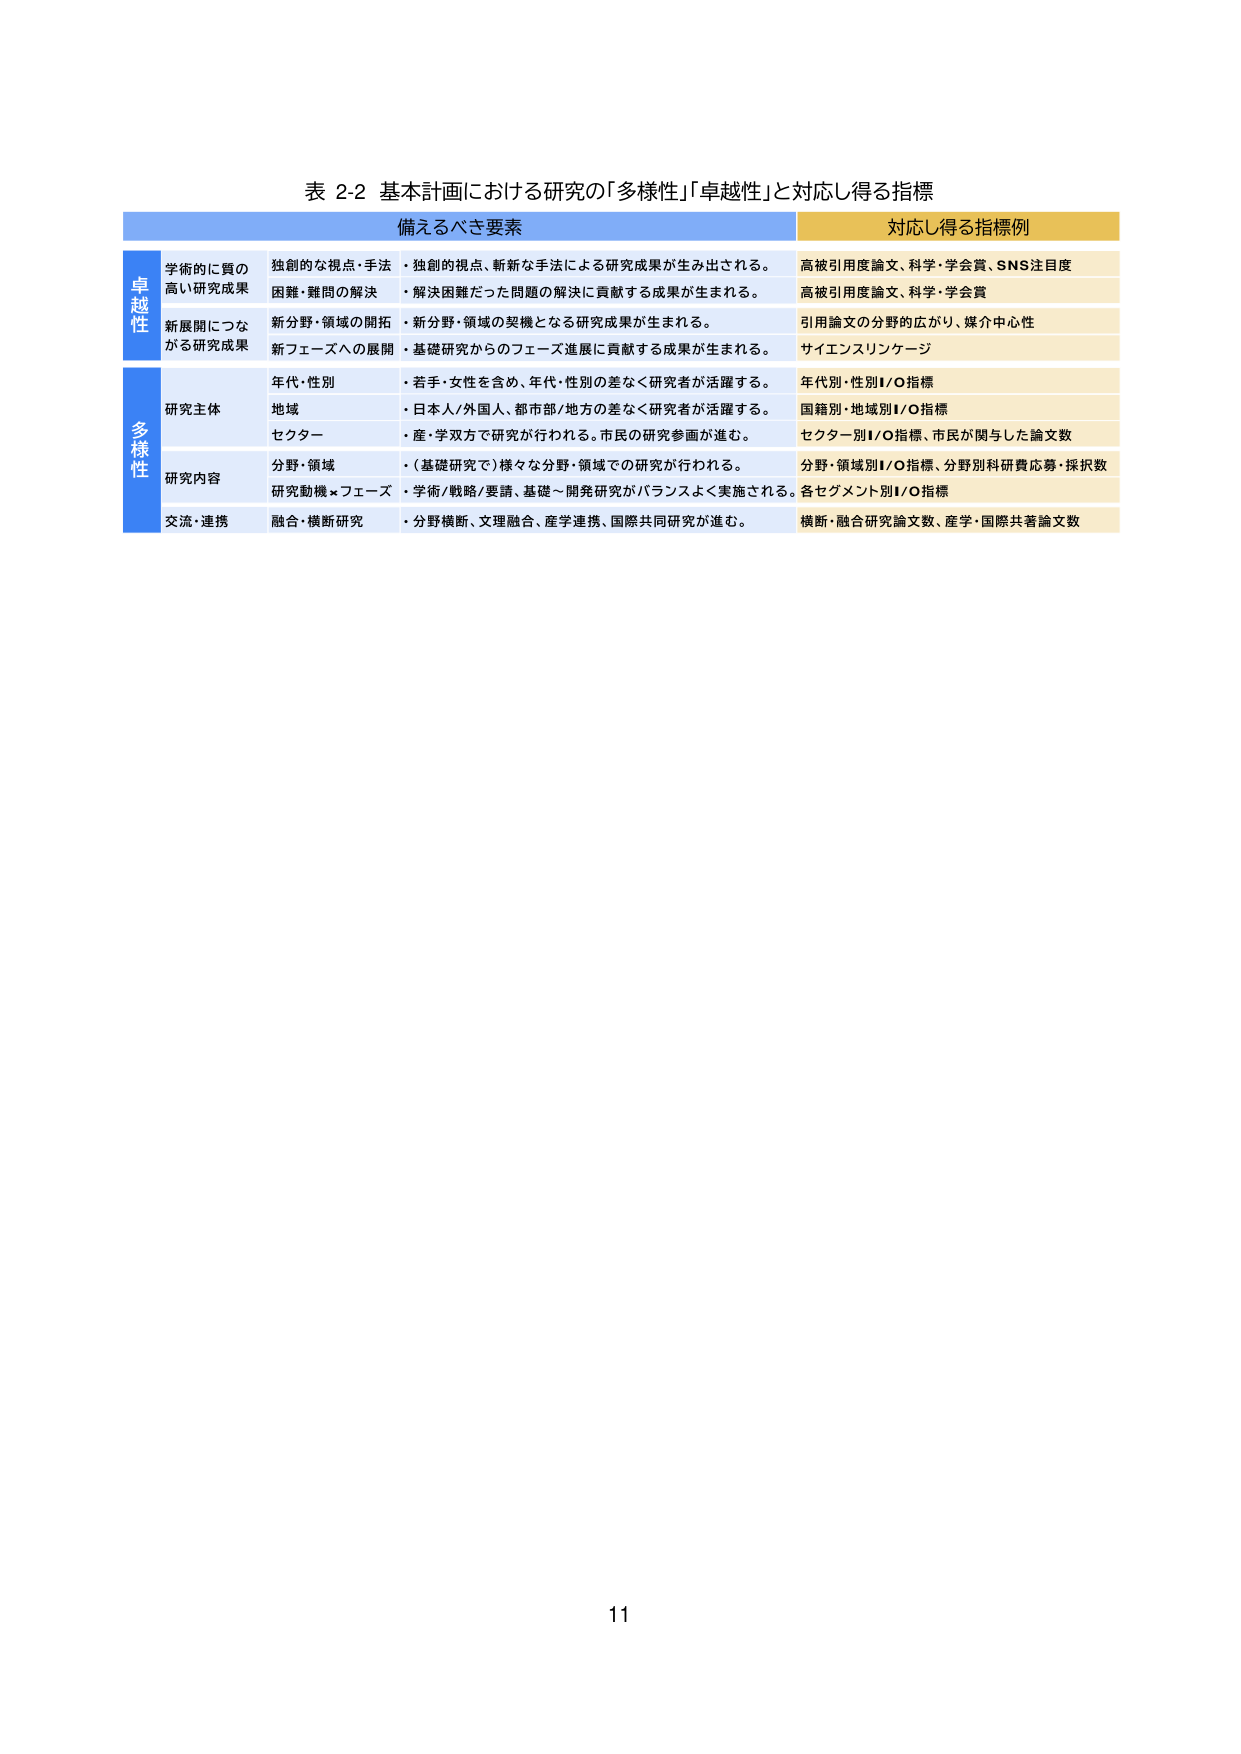
表 2-2 基本計画における研究の「多様性」「卓越性」と対応し得る指標

備えるべき要素 対応し得る指標例

卓越性
学術的に質の高い研究成果
独創的な視点・手法
・独創的視点、斬新な手法による研究成果が生み出される。
高被引用度論文、科学・学会賞、SNS注目度
困難・難問の解決
・解決困難だった問題の解決に貢献する成果が生まれる。
高被引用度論文、科学・学会賞
新展開につながる研究成果
新分野・領域の開拓
・新分野・領域の契機となる研究成果が生まれる。
引用論文の分野的広がり、媒介中心性
新フェーズへの展開
・基礎研究からのフェーズ進展に貢献する成果が生まれる。
サイエンスリンケージ

多様性
研究主体
年代・性別
・若手・女性を含め、年代・性別の差なく研究者が活躍する。
年代別・性別I/O指標
地域
・日本人/外国人、都市部/地方の差なく研究者が活躍する。
国籍別・地域別I/O指標
セクター
・産・学双方で研究が行われる。市民の研究参画が進む。
セクター別I/O指標、市民が関与した論文数
研究内容
分野・領域
・（基礎研究で）様々な分野・領域での研究が行われる。
分野・領域別I/O指標、分野別科研費応募・採択数
研究動機×フェーズ
・学術/戦略/要請、基礎～開発研究がバランスよく実施される。各セグメント別I/O指標
交流・連携
融合・横断研究
・分野横断、文理融合、産学連携、国際共同研究が進む。
横断・融合研究論文数、産学・国際共著論文数

11